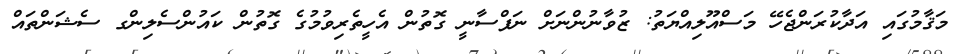
މަޤާމުގައި އަދާކުރަންޖެހޭ މަސްއޫލިއްޔަތު: ޒުވާނުންނަށް ނަފްސާނީ ގޮތުން އެހީތެރިވުމުގެ ގޮތުން ކައުންސެލިންގ ސެޝަންތައް